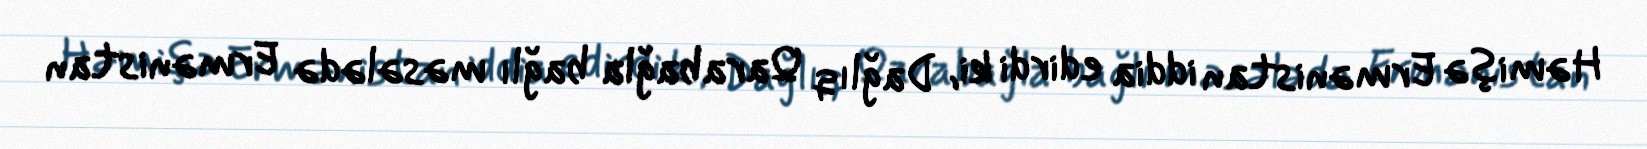
Həmişə Ermənistan iddia edirdi ki, Dağlıq Qarabağla bağlı məsələdə Ermənistan